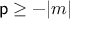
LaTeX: { \mathsf { p } } \geq - | m |